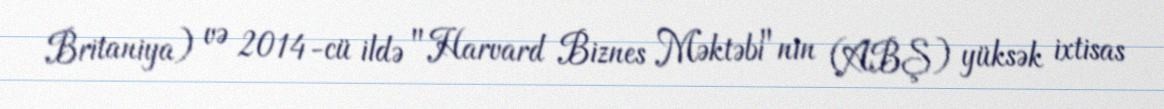
Britaniya) və 2014-cü ildə "Harvard Biznes Məktəbi"nin (ABŞ) yüksək ixtisas